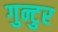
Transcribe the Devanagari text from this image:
गुन्टुर